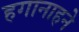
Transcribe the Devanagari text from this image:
हगानाहने